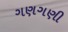
ગણગણી